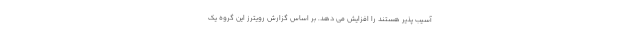
آسیب پذیر هستند را افزایش می دهد. بر اساس گزارش رویترز این گروه یک